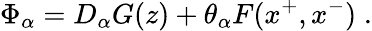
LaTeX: \Phi_{\alpha}=D_{\alpha}G(z)+\theta_{\alpha}F(x^{+},x^{-})\; .